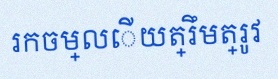
រកចម្លើយត្រឹមត្រូវ